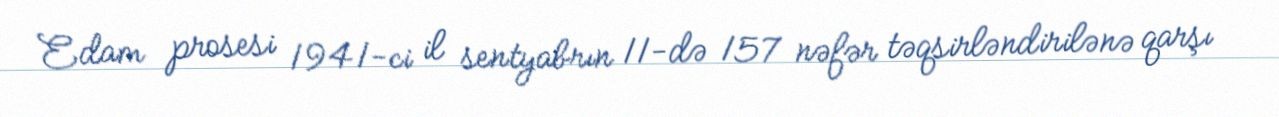
Edam prosesi 1941-ci il sentyabrın 11-də 157 nəfər təqsirləndirilənə qarşı